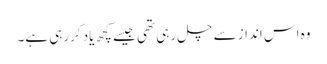
وہ اس انداز سے چل رہی تھی جیسے کچھ یاد کررہی ہے۔